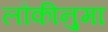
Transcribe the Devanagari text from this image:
लौकीनुमा